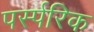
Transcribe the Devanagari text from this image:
पर्स्परिक